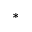
^ \ast